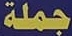
جملة